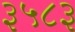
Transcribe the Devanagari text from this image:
३५८३